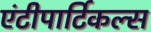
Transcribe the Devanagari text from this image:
एंटीपार्टिकल्स